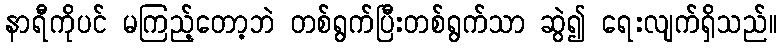
နာရီကိုပင် မကြည့်တော့ဘဲ တစ်ရွက်ပြီးတစ်ရွက်သာ ဆွဲ၍ ရေးလျက်ရှိသည်။